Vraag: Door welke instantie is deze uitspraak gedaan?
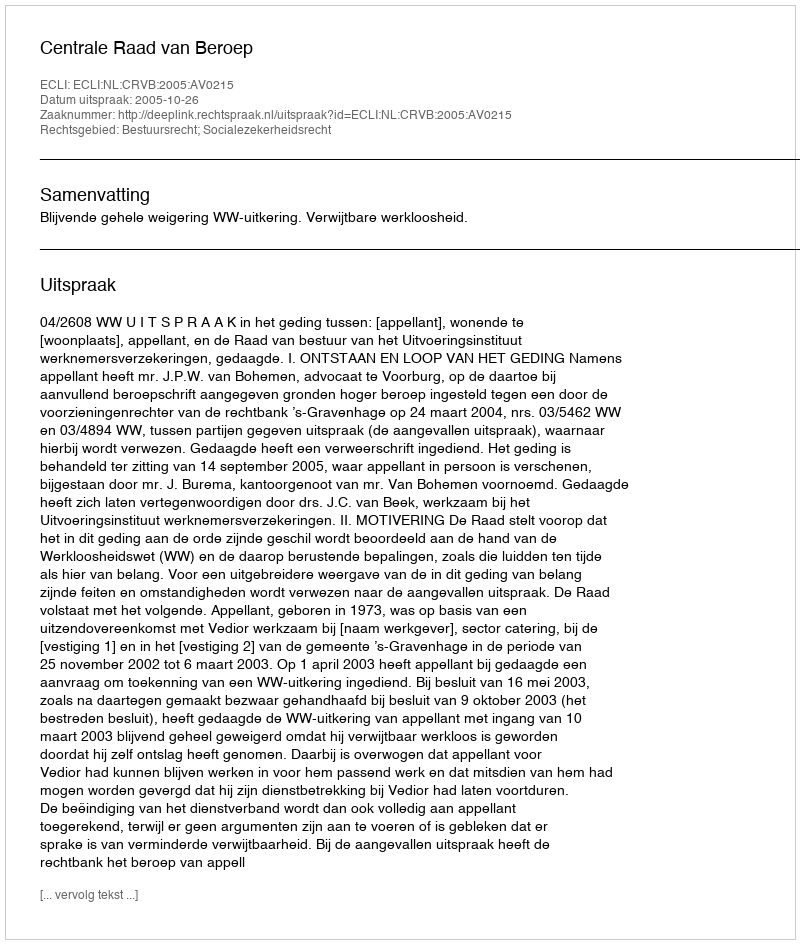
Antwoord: Centrale Raad van Beroep